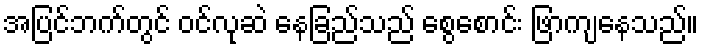
အပြင်ဘက်တွင် ဝင်လုဆဲ နေခြည်သည် စွေစောင်း ဖြာကျနေသည်။